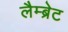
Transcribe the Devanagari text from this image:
लैम्ब्रेट